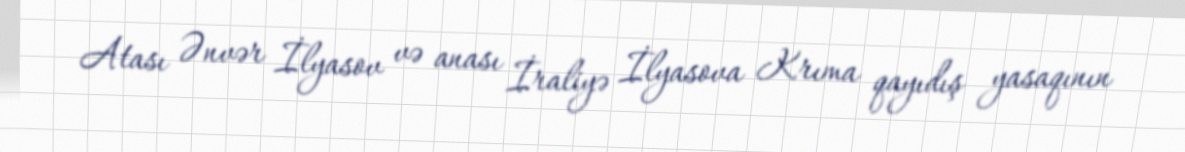
Atası Ənvər İlyasov və anası İraliyə İlyasova Krıma qayıdış yasaqının